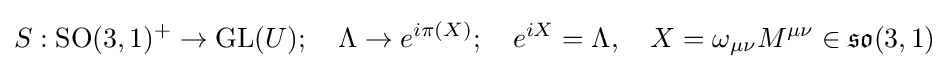
S:\mathrm {SO} (3,1)^{+}\rightarrow \mathrm {GL} (U);\quad \Lambda \rightarrow e^{i\pi (X)};\quad e^{iX}=\Lambda ,\quad X=\omega _{\mu \nu }M^{\mu \nu }\in {\mathfrak {so}}(3,1)